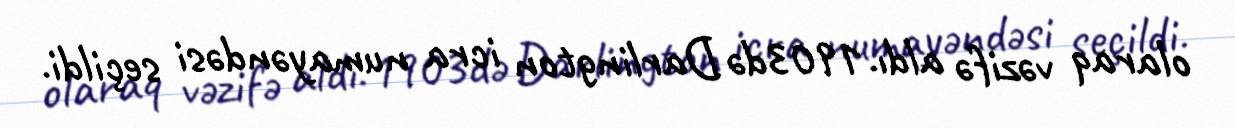
olaraq vəzifə aldı.1903də Darlington icra numayəndəsi seçildi.